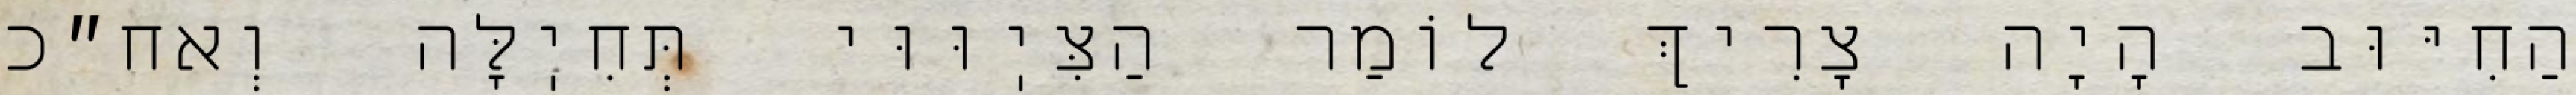
הַחִיּוּב הָיָה צָרִיךְ לוֹמַר הַצִּיֽוּוּי תְּחִיֽלָּה וְאח״כ